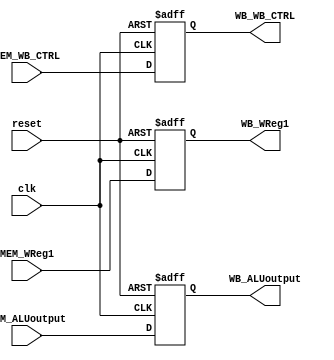
`timescale 1ns / 1ps
//////////////////////////////////////////////////////////////////////////////////
// Company: 
// Engineer: 
// 
// Design Name: 
// Module Name:    MEM_WBreg 
// Project Name: 
// Target Devices: 
// Tool versions: 
// Description: 
//
// Dependencies: 
//
// Revision: 
// Revision 0.01 - File Created
// Additional Comments: 
//
//////////////////////////////////////////////////////////////////////////////////
module MEM_WBreg(
    input [4:0] MEM_WReg1,
	 input [63:0] MEM_ALUoutput,
	 input [1:0] MEM_WB_CTRL,

	 output [4:0]WB_WReg1,
	 output [63:0]WB_ALUoutput,
	 output [1:0]WB_WB_CTRL,
	 
    input clk,
	 input reset
    );
	 
	reg [4:0] WReg1;
	reg [63:0]ALUoutput;
	reg [1:0]WB_CTRL;
	
	assign WB_WReg1 = WReg1;
	assign WB_ALUoutput = ALUoutput;
	assign WB_WB_CTRL = WB_CTRL;
	
	always @(posedge clk,negedge reset)
	begin
		if(!reset)
		begin
			WReg1 <= 0;
			ALUoutput <= 0;
			WB_CTRL <= 0;
		end
		else
		begin
			WReg1 <= MEM_WReg1;
			ALUoutput <= MEM_ALUoutput;
			WB_CTRL <= MEM_WB_CTRL;
		end
	end

endmodule